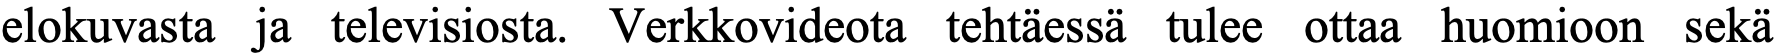
elokuvasta ja televisiosta. Verkkovideota tehtäessä tulee ottaa huomioon sekä